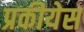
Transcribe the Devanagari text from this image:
प्रकीयेस